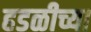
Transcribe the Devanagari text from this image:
हडळीच्या